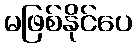
မဖြစ်နိုင်ပေ